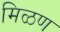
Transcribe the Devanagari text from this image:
मिळण